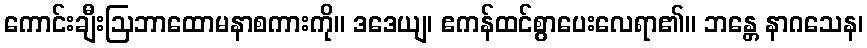
ကောင်းချီးဩဘာထောမနာစကားကို။ ဒဒေယျ၊ ဧကန်ထင်စွာပေးလေရာ၏။ ဘန္တေ နာဂသေန၊